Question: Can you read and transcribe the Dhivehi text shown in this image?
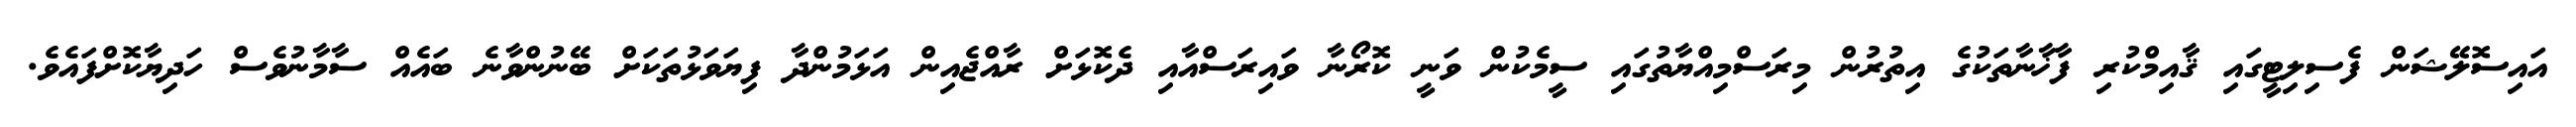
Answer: އައިސޮލޭޝަން ފެސިލިޓީގައި ޤާއިމްކުރި ފާޚާނާތަކުގެ އިތުރުން މިރަސްމިއްޔާތުގައި ސީމެކުން ވަނީ ކޮރޯނާ ވައިރަސްއާއި ދެކޮޅަށް ރާއްޖެއިން އަޅަމުންދާ ފިޔަވަޅުތަކަށް ބޭނުންވާނެ ބައެއް ސާމާނުވެސް ހަދިޔާކޮށްފައެވެ.